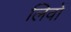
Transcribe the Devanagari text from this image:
लिवों